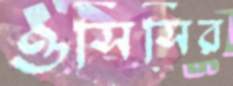
ওসিসির